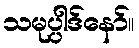
သမုပ္ပါဒ်နော်။